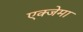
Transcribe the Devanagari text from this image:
एक्जेमा